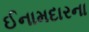
ઈનામદારના